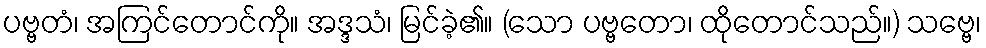
ပဗ္ဗတံ၊ အကြင်တောင်ကို။ အဒ္ဒသံ၊ မြင်ခဲ့၏။ (သော ပဗ္ဗတော၊ ထိုတောင်သည်။) သဗ္ဗေ၊